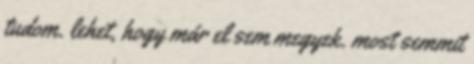
tudom. lehet, hogy már el sem megyek. most semmit